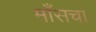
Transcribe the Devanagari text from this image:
माँसचा